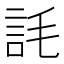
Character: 䚽